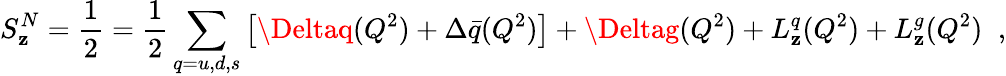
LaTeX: S_{\mathbf{z}}^{N}=\frac{{1}}{{2}}=\frac{{1}}{{2}}\sum_{q=u,d,s}\left[\Deltaq(Q^{2})+\Delta\bar{{q}}(Q^{2})\right]+\Deltag(Q^{2})+L_{\mathbf{z}}^{q}(Q^{2})+L_{\mathbf{z}}^{g}(Q^{2})\; \; ,